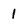
Character: 1